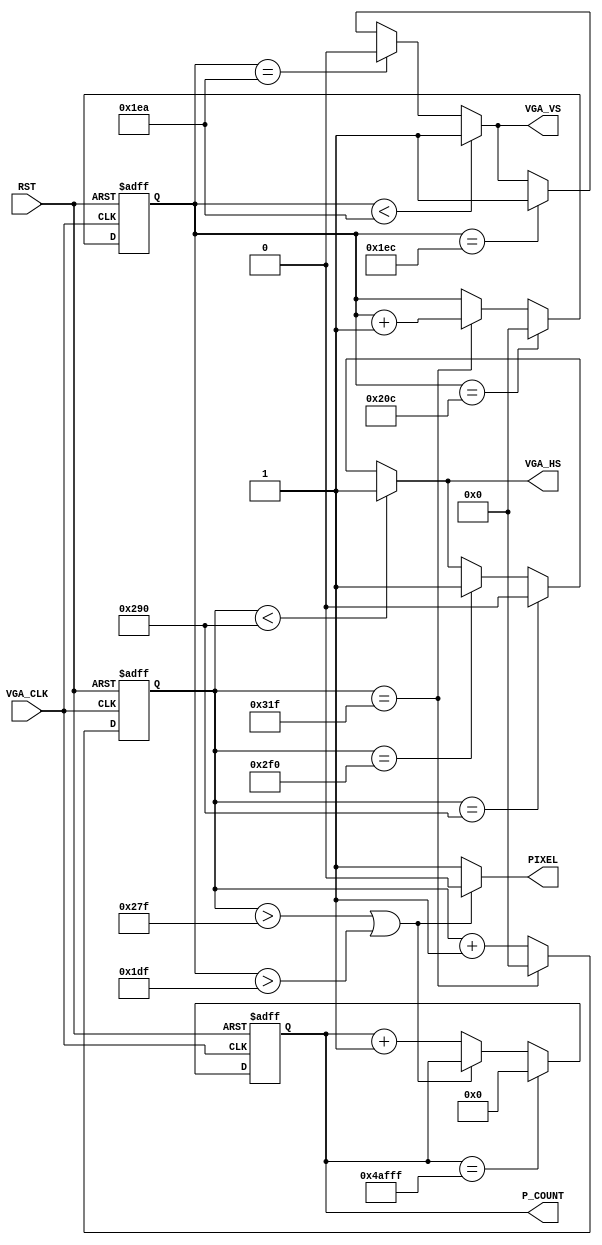
module VGA_CTRL (
	input 					VGA_CLK, 
	input 					RST, 
	output  				PIXEL, 
	output  				VGA_HS, 
	output 	 				VGA_VS,
	output		[18:0]		P_COUNT 
);

	localparam	H_AREA	=640;
	localparam	H_FRONT	=16;
	localparam	H_SYNC	=96;
	localparam	H_BACK	=48;
	localparam	H_WHOLE	=800;
	
	localparam	V_AREA	=480;
	localparam	V_FRONT	=10;
	localparam	V_SYNC	=2;
	localparam	V_BACK	=33;
	localparam	V_WHOLE	=525;
	
	wire	CLK = VGA_CLK;				 
	
	reg	[9:0]		H_COUNT;
	reg	[9:0]		V_COUNT;
	reg	[18:0]	p_count;
	
	always @(posedge CLK, posedge RST)
		if(RST)	begin
			H_COUNT <= 0;
		end
	    else if(H_COUNT == (H_WHOLE-1))
	        H_COUNT <= 0;
		else begin
			H_COUNT <= H_COUNT + 1;
	    end   
	
	always @(posedge CLK, posedge RST)
		if(RST)	
			V_COUNT <= 0;
		else if(V_COUNT == (V_WHOLE-1))
	        V_COUNT <= 0;
	    else if(H_COUNT == (H_WHOLE-1))
	        V_COUNT = V_COUNT + 1;   
	

	assign  VGA_HS = (H_COUNT < (H_AREA + H_FRONT))    			?      	1 :
	                 (H_COUNT == (H_AREA + H_FRONT))   			?      	0 : 
					 (H_COUNT == (H_AREA + H_FRONT + H_SYNC))	?		1 : VGA_HS;   

	assign  VGA_VS = (V_COUNT < (V_AREA + V_FRONT))    			?      	1 :
                 (V_COUNT == (V_AREA + V_FRONT))   			?      	0 : 
				 (V_COUNT == (V_AREA + V_FRONT + V_SYNC))	?		1 : VGA_VS;   
	
	assign	P_COUNT = p_count;
	
	assign	PIXEL = ((H_COUNT > (H_AREA-1)) | ((V_COUNT > (V_AREA-1)))) ? 0: 1;
	
	always @(posedge CLK, posedge RST)
		if(RST)
			p_count <= 19'h0;
		else if(p_count == 'd307199)
			p_count <= 19'h0;
		else if(PIXEL)
			p_count <= p_count + 1'b1;

endmodule